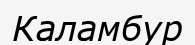
Каламбур